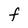
Character: F